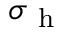
\sigma _ { \mathrm { ~ h ~ } }